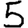
Digit: 5